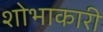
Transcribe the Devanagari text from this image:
शोभाकारी